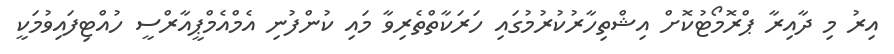
އިރު މި ދާއިރާ ޕްރޮމޯޓުކޮށް އިޝްތިހާރުކުރުމުގައި ހަރަކާތްތެރިވާ މައި ކުންފުނި އެމްއެމްޕީއާރްސީ ހުއްޓިފައިވުމަކީ